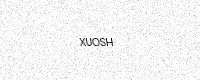
Text: XUOSH